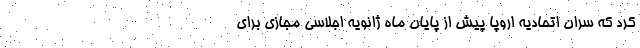
کرد که سران اتحادیه اروپا پیش از پایان ماه ژانویه اجلاسی مجازی برای